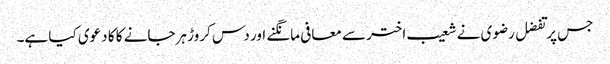
جس پر تفضل رضوی نے شعیب اختر سے معافی مانگنے اور دس کروڑ ہرجانے کا کا دعوی کیا ہے۔